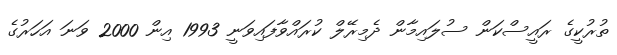
ތުރުކީގެ ރައީސްކަން ސުލައިމާން ދެމިރޭލް ކުރައްވާފައިވަނީ 1993 އިން 2000 ވަނަ އަހަރުގެ